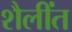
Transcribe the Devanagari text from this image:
शैलींत